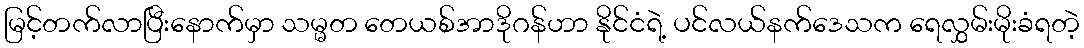
မြင့်တက်လာပြီးနောက်မှာ သမ္မတ တေယစ်အာဒိုဂန်ဟာ နိုင်ငံရဲ့ ပင်လယ်နက်ဒေသက ရေလွှမ်းမိုးခံရတဲ့